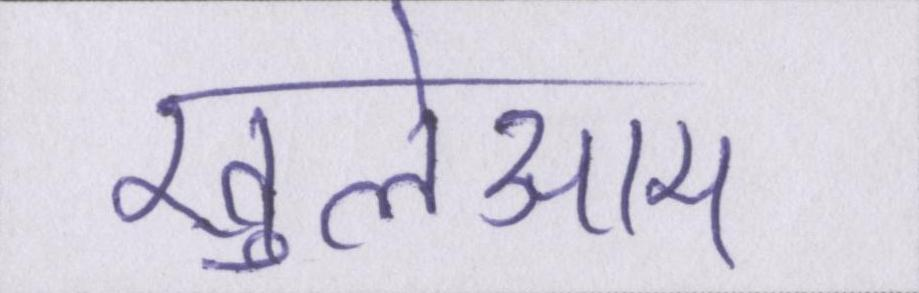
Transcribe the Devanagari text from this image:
खुलेआम